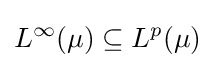
L^{\infty }(\mu )\subseteq L^{p}(\mu )